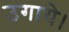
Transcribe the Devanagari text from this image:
उगाये।